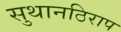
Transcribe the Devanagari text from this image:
सुथानठिराप